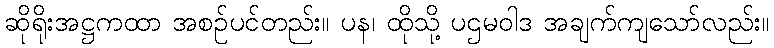
ဆိုရိုးအဋ္ဌကထာ အစဉ်ပင်တည်း။ ပန၊ ထိုသို့ ပဌမဝါဒ အချက်ကျသော်လည်း။